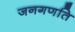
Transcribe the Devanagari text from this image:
जनगणति